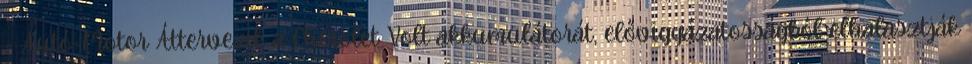
– Autó-Motor Áttervezik a Cherolet Volt akkumulátorát, elővigyázatosságból elhalasztják